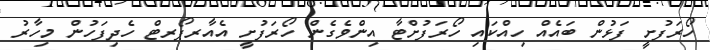
ހޯރަފުށީ ފަޅުން ބައެއް ހިއްކައި ހޯރަފުށްޓާ އިންވެގެން ހޯރަފުށީ އެއާރޕޯރޓް ހެދިފަހުން މިހާރު